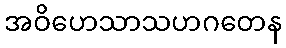
အဝိဟေသာသဟဂတေန